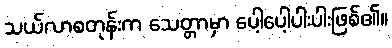
သယ်လာစတုန်းက သေတ္တာမှာ ပေါ့ပေါ့ပါးပါးဖြစ်၏။